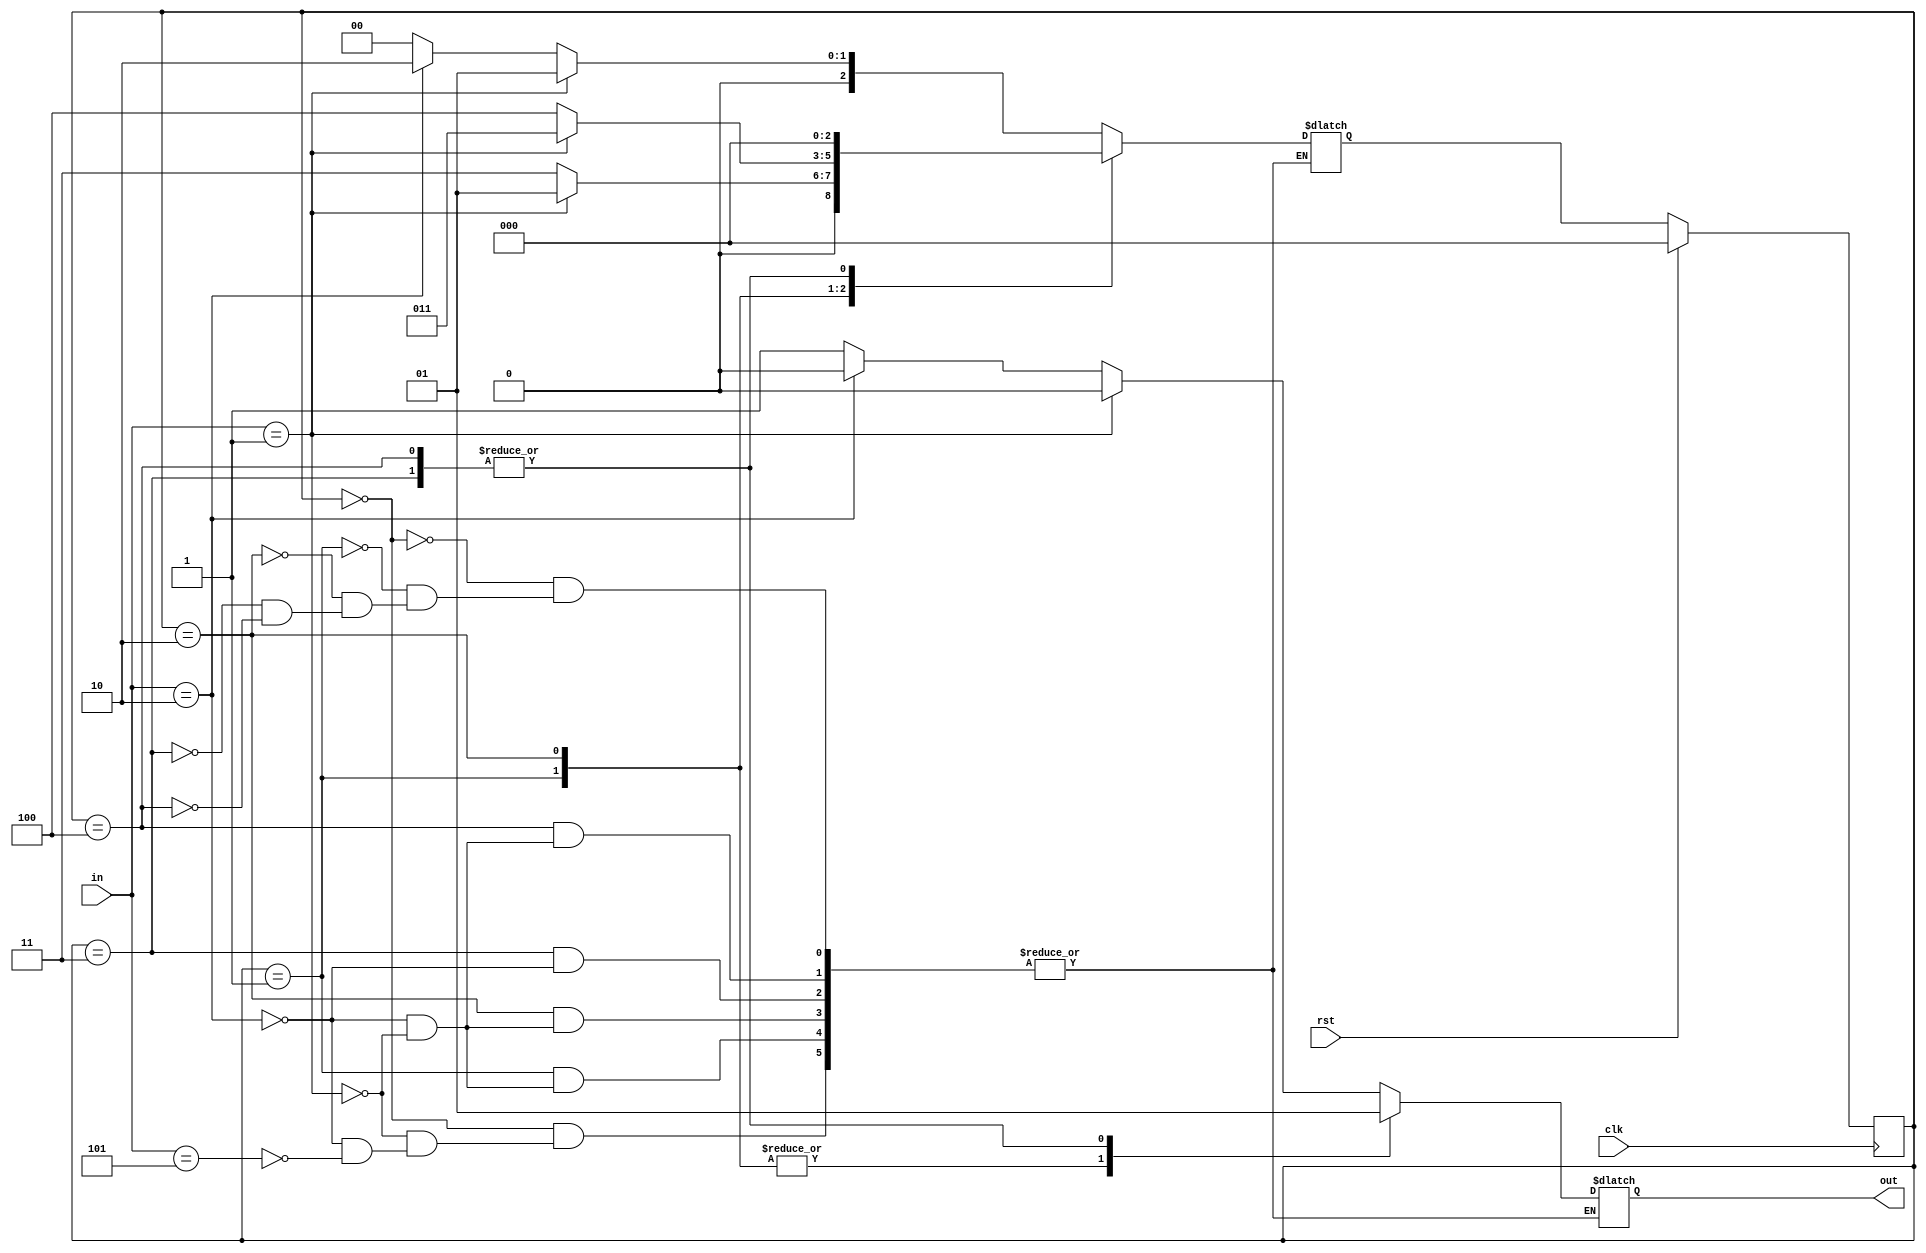
module vending(clk,rst,in,out);
input clk,rst;
input [2:0]in;
output reg out;
localparam idle=3'b000, s1=3'b001, s2=3'b010,s3=3'b011, s4=3'b100;
reg [2:0] state,nxt_state;
always@(posedge clk)
begin
	if(rst)
		state<= idle;
	else
		state<=nxt_state;
end

always @(state,in)
begin
	case(state)
		idle: begin 
			if(in==3'd1)
				nxt_state<=s1;
			else if(in==3'd2)
				nxt_state<=s2;
			else if(in ==3'd5)
				nxt_state<=idle;
		      end
		s1: begin
			if(in==3'd1)
				nxt_state<=s1;
			else if(in==3'd2)
				nxt_state<=s3;
		    end
	        s2: begin
			if (in ==3'd1)
				nxt_state<=s3;
			else if (in==3'd2)
				nxt_state<=s4;
		    end
		s3: begin 
			if(in==3'd2)
				nxt_state<=idle;
		    end
		s4: begin 
		    	if(in== 3'd1)
				  nxt_state<=idle;
                if(in==3'd2)
                  nxt_state<=idle;
		    end
	endcase
end
always@(*)
begin
	case(state)
		idle:begin
		       	if (in==3'd1)	
				out<=0;
			else if(in==3'd2)
				out<=0;
			else if(in==3'd5)
				out<=1;
		     end
		s1: begin
			if (in==3'd1)
				out<=0;
			else if(in==3'd2)
				out<=0;
		    end
		s2: begin
			if(in==3'd1) 
				out<=0;
			else if(in==3'd2)
				out<=0;
		    end
		s3: begin
			if(in==3'd2)
				out<=1;
		    end
		s4: begin
			if (in==3'd1)
				out<=1;
			else if (in==3'd2)
				out<=1;
		    end
	endcase
end

endmodule